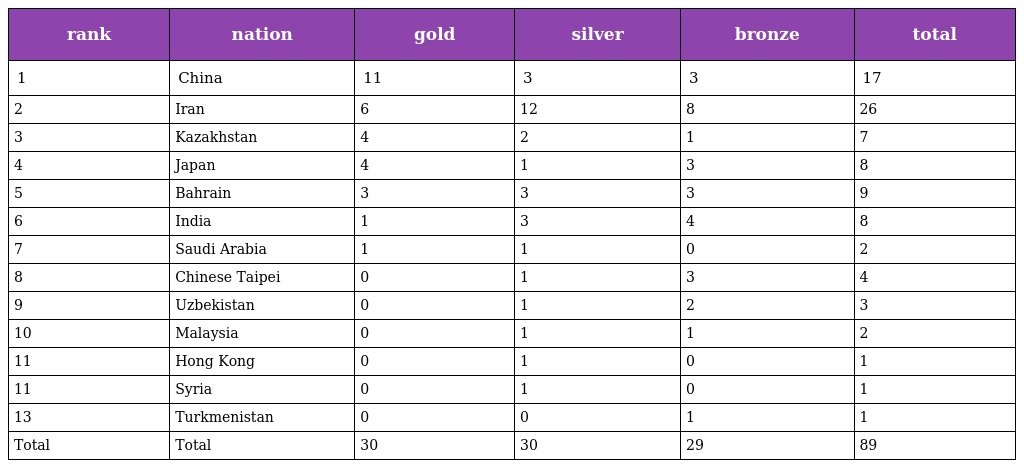
| rank | nation | gold | silver | bronze | total |
 | --- | --- | --- | --- | --- | --- |
 | 1 | China | 11 | 3 | 3 | 17 |
 | 2 | Iran | 6 | 12 | 8 | 26 |
 | 3 | Kazakhstan | 4 | 2 | 1 | 7 |
 | 4 | Japan | 4 | 1 | 3 | 8 |
 | 5 | Bahrain | 3 | 3 | 3 | 9 |
 | 6 | India | 1 | 3 | 4 | 8 |
 | 7 | Saudi Arabia | 1 | 1 | 0 | 2 |
 | 8 | Chinese Taipei | 0 | 1 | 3 | 4 |
 | 9 | Uzbekistan | 0 | 1 | 2 | 3 |
 | 10 | Malaysia | 0 | 1 | 1 | 2 |
 | 11 | Hong Kong | 0 | 1 | 0 | 1 |
 | 11 | Syria | 0 | 1 | 0 | 1 |
 | 13 | Turkmenistan | 0 | 0 | 1 | 1 |
 | Total | Total | 30 | 30 | 29 | 89 |